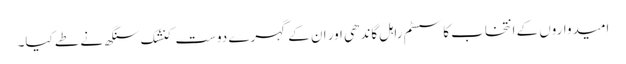
امیدواروں کے انتخاب کا سسٹم راہل گاندھی اور ان کے گہرے دوست کنشک سنگھ نے طے کیا۔